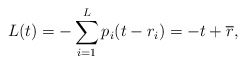
\begin{align*} L(t) = -\sum_{i=1}^L p_i(t-r_i) = -t + \overline{r},\end{align*}